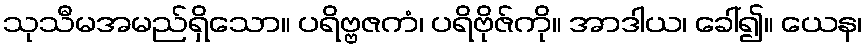
သုသီမအမည်ရှိသော။ ပရိဗ္ဗဇကံ၊ ပရိဗိုဇ်ကို။ အာဒါယ၊ ခေါ်၍။ ယေန၊